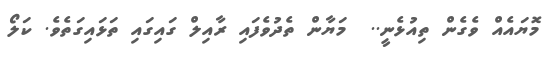
މޮޔައެއް ވެގެން ތިއުޅެނީ..  މަޔާން ތެދުވެފައި ރާއިލް ގައިގައި ތަޅައިގަތެވެ. ކަލޯ